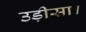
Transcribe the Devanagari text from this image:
उड़ीसा।